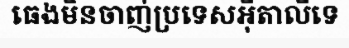
ធេងមិនចាញ់ប្រទេសអ៊ីតាលីទេ